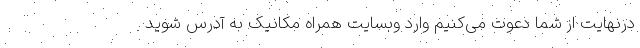
درنهایت از شما دعوت می‌کنیم وارد وبسایت همراه مکانیک به آدرس شوید